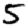
Digit: 5